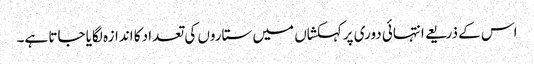
اس کے ذریعے انتہائی دوری پرکہکشاں میں ستاروں کی تعداد کا اندازہ لگایا جاتا ہے۔